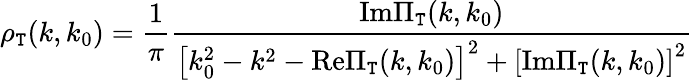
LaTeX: \rho_{\mathtt{T}}(k,k_{0})=\frac{{1}}{{\pi}}\frac{{\mathrm{{Im}}\Pi_{\mathtt{T}}(k,k_{0})}}{{\left[k_{0}^{2}-k^{2}-\mathrm{{Re}}\Pi_{\mathtt{T}}(k,k_{0})\right]^{2}+\left[\mathrm{{Im}}\Pi_{\mathtt{T}}(k,k_{0})\right]^{2}}}